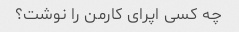
چه کسی اپرای کارمن را نوشت؟